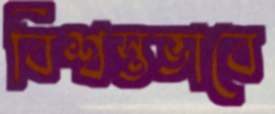
বিশ্বস্তভাবে